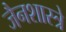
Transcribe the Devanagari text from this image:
जैनशास्त्रे